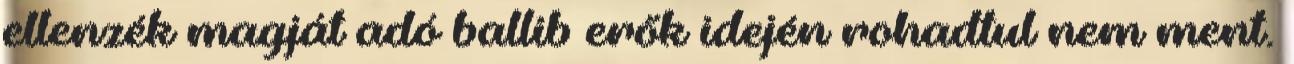
ellenzék magját adó ballib erők idején rohadtul nem ment.